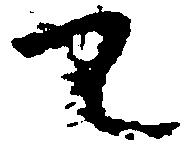
て